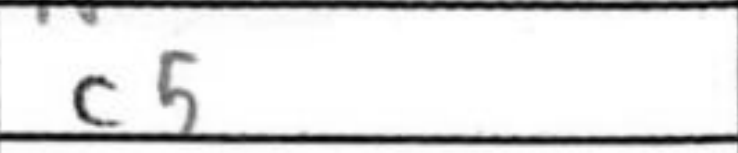
Transcription: c5